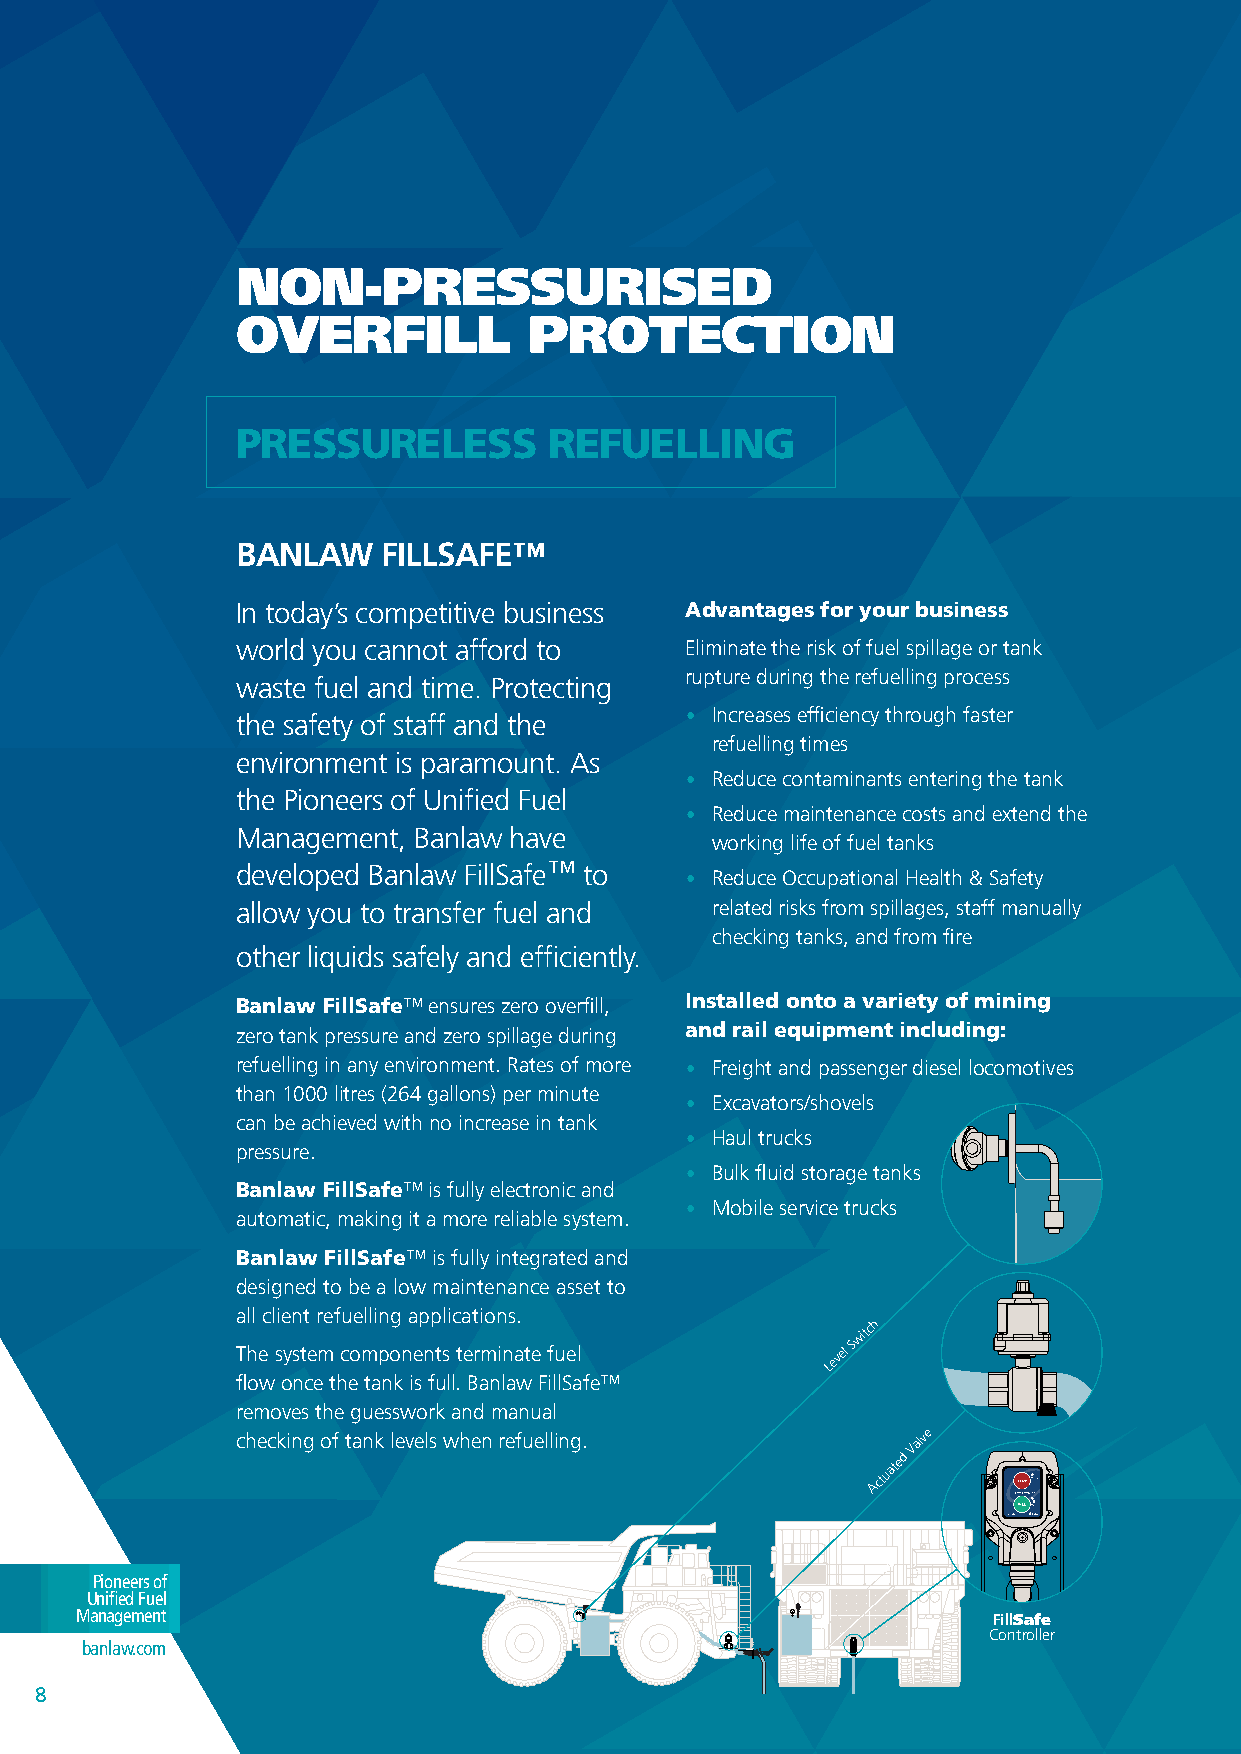
NON-PRESSURISED
 OVERFILL           PROTECTION
 pReSSuReleSS         Refuelling
 BANLAW   FILLSAFE™
 In today’s competitive business advantages for your business
 world you cannot afford to   Eliminate the risk of fuel spillage or tank
 rupture during the refuelling process
 waste fuel and time. Protecting
 the safety of staff and the  • Increases efficiency through faster
 refuelling times
 environment is paramount. As
 • Reduce contaminants entering the tank
 the Pioneers of Unified Fuel
 • Reduce maintenance costs and extend the
 Management, Banlaw have
 working life of fuel tanks
 developed Banlaw FillSafe™ to • Reduce Occupational Health & Safety
 allow you to transfer fuel and related risks from spillages, staff manually
 checking tanks, and from fire
 other liquids safely and efficiently.
 Banlaw fillSafe™ ensures zero overfill, installed onto a variety of mining
 zero tank pressure and zero spillage during and rail equipment including:
 refuelling in any environment. Rates of more • Freight and passenger diesel locomotives
 than 1000 litres (264 gallons) per minute
 • Excavators/shovels
 can be achieved with no increase in tank
 • Haul trucks
 pressure.
 • Bulk fluid storage tanks
 Banlaw fillSafe™ is fully electronic and
 • Mobile service trucks
 automatic, making it a more reliable system.
 Banlaw fillSafe™ is fully integrated and
 designed to be a low maintenance asset to
 all client refuelling applications.
 witch
 The system components terminate fuel   Level
 S
 flow once the tank is full. Banlaw FillSafe™
 removes the guesswork and manual
 checking of tank levels when refuelling.
 Actuated
 Valve
 Pioneers of
 Unified Fuel
 Management                                                   FillSafe
 Controller
 banlaw.com
 88